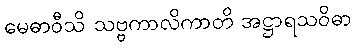
မေဓာဝီသိ သဗ္ဗကာလိကာတိ အဋ္ဌာရသဝိဓာ